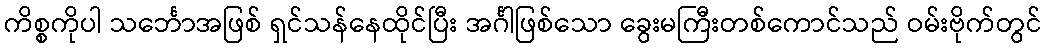
ကိစ္စကိုပါ သင်္ဘောအဖြစ် ရှင်သန်နေထိုင်ပြီး အင်္ဂါဖြစ်သော ခွေးမကြီးတစ်ကောင်သည် ဝမ်းဗိုက်တွင်